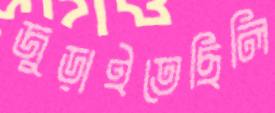
জুড়াইতেছিলি